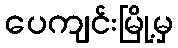
ပေကျင်းမြို့မှ